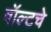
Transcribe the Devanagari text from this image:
वॉल्टचे